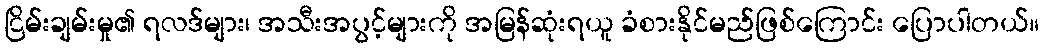
ငြိမ်းချမ်းမှု၏ ရလဒ်များ၊ အသီးအပွင့်များကို အမြန်ဆုံးရယူ ခံစားနိုင်မည်ဖြစ်ကြောင်း ပြောပါတယ်။